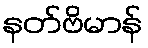
နတ်ဗိမာန်